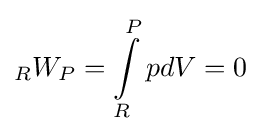
{}_{R}W_{P}=\int \limits _{R}^{P}{pdV}=0